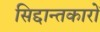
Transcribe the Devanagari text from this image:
सिद्दान्तकारों